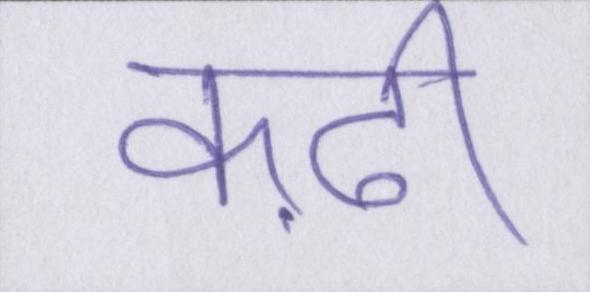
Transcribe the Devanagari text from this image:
कढ़ी